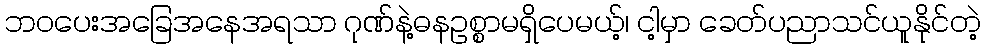
ဘဝပေးအခြေအနေအရသာ ဂုဏ်နဲ့ဓနဥစ္စာမရှိပေမယ့်၊ ငါ့မှာ ခေတ်ပညာသင်ယူနိုင်တဲ့